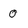
Character: 0